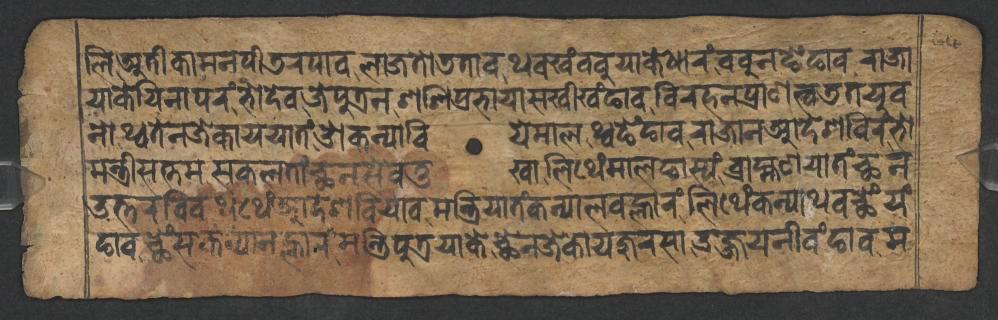
𑐮𑐶𑐀𑐟𑐷𑐎𑐵𑐩𑐣𑐥𑐷𑐜𑐬𑐥𑐵𑐰𑐮𑐵𑐖𑐟𑑀𑐜𑐟𑐵𑐰𑐠𑐰𑐏𑑄𑐧𑐧𑐸𑐫𑐵𑐎𑐾𑐢𑐵𑐬𑑄𑐧𑐧𑐸𑐣𑐒𑐾𑑄𑐒𑐵𑐰𑐬𑐵𑐖𑐵 𑐫𑐵𑐎𑐾𑐫𑐶𑐣𑐵𑐥𑐬𑑄𑐨𑑀𑐡𑐾𑐰𑐖𑐾𑐥𑐸𑐟𑑂𑐬𑐣𑐱𑐱𑐶𑐥𑑂𑐬𑐨𑐵𑐫𑐵𑐳𑐏𑐷𑐏𑑄𑐒𑐵𑐰𑐰𑐶𑐬𑐴𑐣𑐥𑑂𑐬𑐵𑐞𑐟𑑂𑐰𑐜𑐟𑐫𑐸𑐰 𑐣𑑀𑐠𑑂𑐰𑐟𑐾𑐣𑐖𑐾𑐎𑐵𑐫𑐫𑐵𑐟𑑄𑐌𑐎𑐣𑑂𑐫𑐵𑐧𑐶𑐫𑐾𑐩𑐵𑐮𑐠𑑂𑐰𑐒𑐾𑑄𑐒𑐵𑐰𑐬𑐵𑐖𑐵𑐣𑐁𑐡𑐾𑐱𑐧𑐶𑐬𑑄𑐨𑑀 𑐩𑐣𑑂𑐟𑑂𑐬𑐷𑐳𑐟𑑂𑐟𑐩𑐳𑐎𑐮𑐟𑐵𑑄𑐕𑐣𑐳𑐾𑐰𑐟𑐸𑐏𑐵𑐮𑐶𑐠𑐾𑑄𑐩𑐵𑐮𑐒𑐵𑐳𑑂𑐫𑑄𑐧𑑂𑐬𑐵𑐴𑑂𑐩𑐞𑐫𑐵𑐟𑑄𑐕𑐣 𑐄𑐟𑑂𑐟𑐬𑐧𑐶𑐰𑐠𑐠𑐾𑑄𑐁𑐡𑐾𑐱𑐧𑐶𑐫𑐵𑐰𑐩𑐣𑑂𑐟𑑂𑐬𑐶𑐫𑐵𑐟𑑄𑐎𑐣𑑂𑐫𑐵𑐮𑐰𑐮𑑂𑐴𑐵𑐬𑑄𑐮𑐶𑐠𑐾𑑄𑐎𑐣𑑂𑐫𑐵𑐠𑐰𑐕𑐾𑑄𑐫𑑄 𑐒𑐵𑐰𑐕𑐾𑑄𑐳𑐎𑐣𑑂𑐫𑐵𑐣𑐮𑑂𑐴𑐵𑐬𑑄𑐩𑐣𑑂𑐟𑑂𑐬𑐶𑐥𑐸𑐟𑑂𑐬𑐫𑐵𑐎𑐾𑐕𑐾𑐣𑐖𑐾𑐎𑐵𑐫𑐖𑐸𑐬𑐳𑐵𑐄𑐖𑑂𑐖𑐫𑐣𑐷𑐰𑑄𑐒𑐵𑐰𑐩